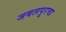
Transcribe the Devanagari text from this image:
जबलपूरचा